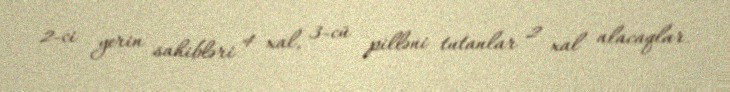
2-ci yerin sahibləri 4 xal, 3-cü pilləni tutanlar 2 xal alacaqlar.